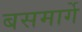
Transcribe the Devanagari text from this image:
बसमार्गे